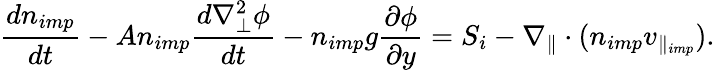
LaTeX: \frac{dn_{imp}}{dt}-An_{imp}\frac{d\nabla_{\perp}^{2}\phi}{dt}-n_{imp}g\frac{\partial\phi}{\partial y}=S_{i}-\nabla_{\parallel}\cdot(n_{imp}v_{\parallel_{imp}}).